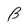
Character: B